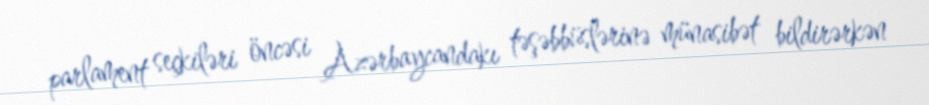
parlament seçkiləri öncəsi Azərbaycandakı təşəbbüslərinə münasibət bildirərkən